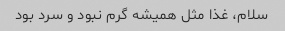
سلام، غذا مثل همیشه گرم نبود و سرد بود